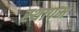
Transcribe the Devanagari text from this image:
स्थापम